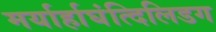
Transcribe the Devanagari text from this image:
मर्यार्हाघंत्दिलिडग